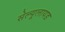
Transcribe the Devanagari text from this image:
सेल्यूलायड